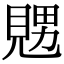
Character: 𧡇